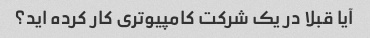
آیا قبلا در یک شرکت کامپیوتری کار کرده اید؟